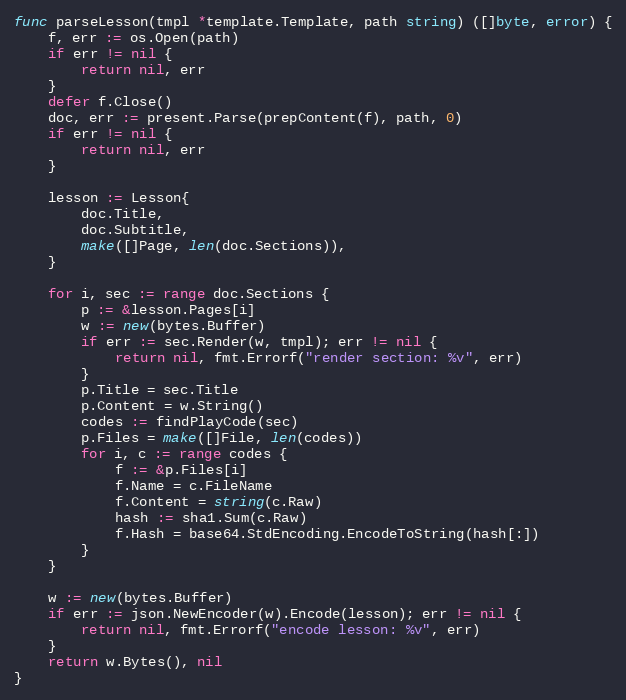
Language: Go
func parseLesson(tmpl *template.Template, path string) ([]byte, error) {
	f, err := os.Open(path)
	if err != nil {
		return nil, err
	}
	defer f.Close()
	doc, err := present.Parse(prepContent(f), path, 0)
	if err != nil {
		return nil, err
	}

	lesson := Lesson{
		doc.Title,
		doc.Subtitle,
		make([]Page, len(doc.Sections)),
	}

	for i, sec := range doc.Sections {
		p := &lesson.Pages[i]
		w := new(bytes.Buffer)
		if err := sec.Render(w, tmpl); err != nil {
			return nil, fmt.Errorf("render section: %v", err)
		}
		p.Title = sec.Title
		p.Content = w.String()
		codes := findPlayCode(sec)
		p.Files = make([]File, len(codes))
		for i, c := range codes {
			f := &p.Files[i]
			f.Name = c.FileName
			f.Content = string(c.Raw)
			hash := sha1.Sum(c.Raw)
			f.Hash = base64.StdEncoding.EncodeToString(hash[:])
		}
	}

	w := new(bytes.Buffer)
	if err := json.NewEncoder(w).Encode(lesson); err != nil {
		return nil, fmt.Errorf("encode lesson: %v", err)
	}
	return w.Bytes(), nil
}